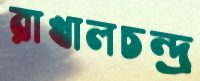
রাখালচন্দ্র